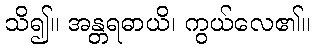
သိ၍။ အန္တရဓာယိ၊ ကွယ်လေ၏။